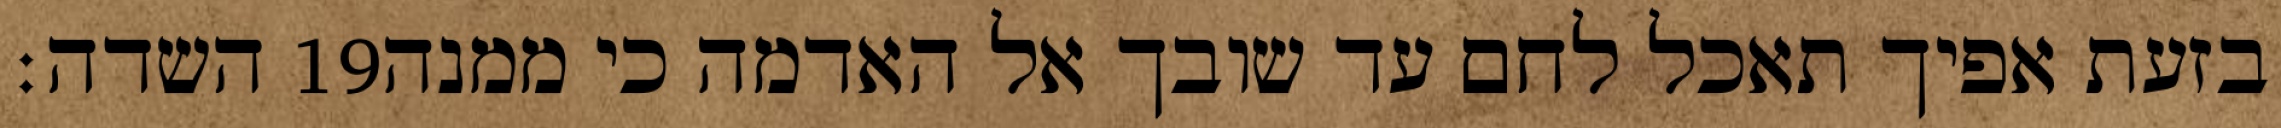
השדה׃ ‎19‏ בזעת אפיך תאכל לחם עד שובך אל האדמה כי ממנה